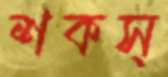
শকস্